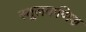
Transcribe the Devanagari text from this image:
स्थूलकणिश